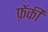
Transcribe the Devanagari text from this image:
फ़ेंकी